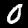
Digit: 0